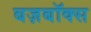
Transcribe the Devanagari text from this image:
बज़बॉक्स